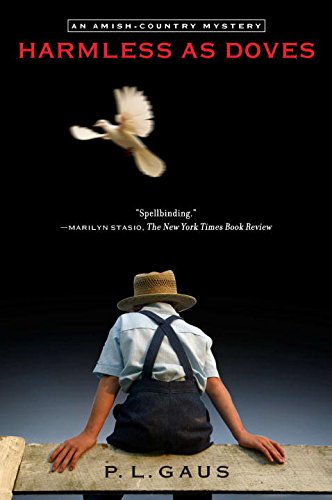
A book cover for Harmless as Doves: An Amish-Country Mystery; P. L. Gaus; Christian Books & Bibles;